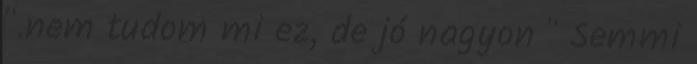
".nem tudom mi ez, de jó nagyon " Semmi